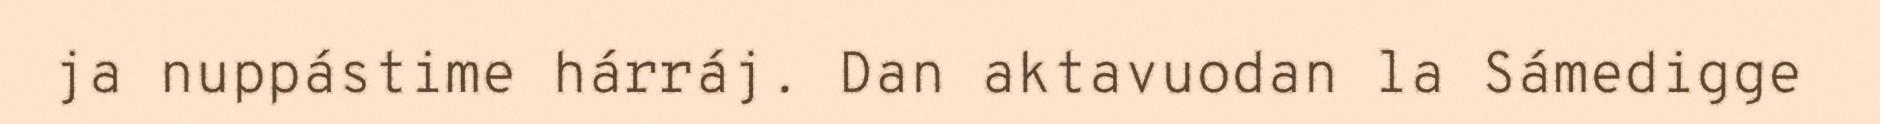
ja nuppástime hárráj. Dan aktavuodan la Sámedigge